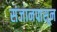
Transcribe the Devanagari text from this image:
संजानपासून